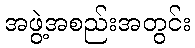
အဖွဲ့အစည်းအတွင်း